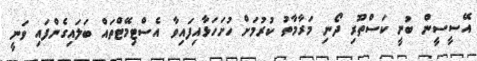
އޭސީސީން ބުނީ ކަސްތޫރި ދޯނި މަރާމާތު ކުރުމަށް ހުށަހަޅާއިފައިވާ އެސްޓިމޭޓްތައް ބަލައިގެންފައި ވަނީ